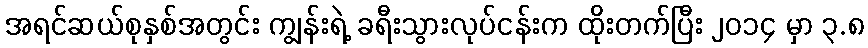
အရင်ဆယ်စုနှစ်အတွင်း ကျွန်းရဲ့ ခရီးသွားလုပ်ငန်းက ထိုးတက်ပြီး ၂၀၁၄ မှာ ၃.၈